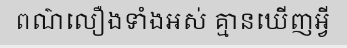
ពណ៌លឿងទាំងអស់ គ្មានឃើញអ្វី